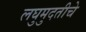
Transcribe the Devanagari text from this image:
लघुमुदतीचे